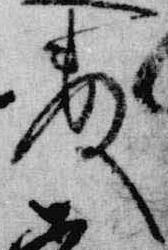
数